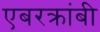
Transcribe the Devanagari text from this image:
एबरक्रांबी